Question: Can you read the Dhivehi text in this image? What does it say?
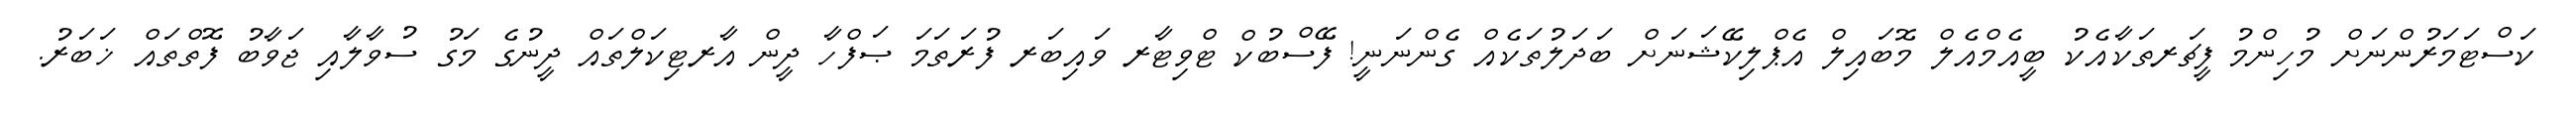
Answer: ކަސްޓަމަރުންނަށް މުހިންމު ފީޗަރތަކާއެކު ބީއެމްއެލް މޮބައިލް އެޕްލިކޭޝަނަށް ބަދަލުތަކެއް ގެންނަނީ! ފޭސްބުކް ޓްވިޓާރ ވައިބަރ ފުރަތަމަ ޞަފްހާ ދީން އާރޓިކަލްތައް ދީނުގެ މަގު ސުވާލާއި ޖަވާބު ފޮތްތައް ޚަބަރު.